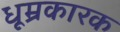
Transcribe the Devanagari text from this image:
धूम्रकारक